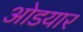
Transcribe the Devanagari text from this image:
ओडयार